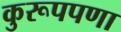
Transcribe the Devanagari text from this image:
कुरूपपणा